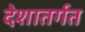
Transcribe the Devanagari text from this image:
देशातर्गत